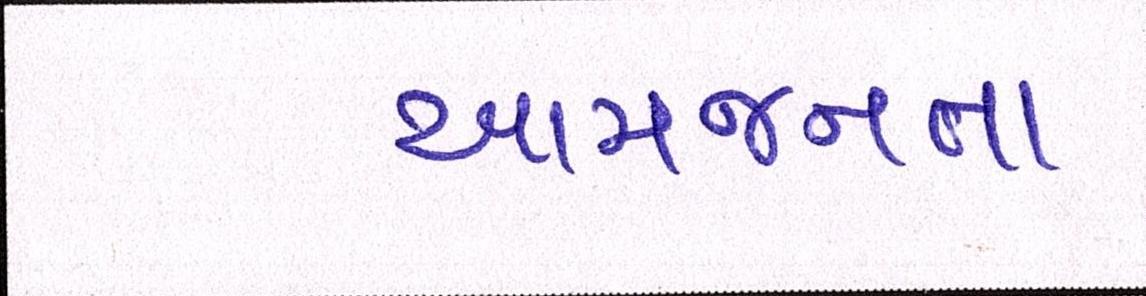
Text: આમજનતા